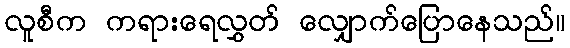
လူစီက ကရားရေလွှတ် လျှောက်ပြောနေသည်။